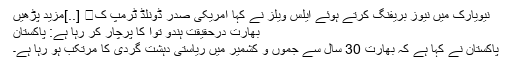
نیویارک میں نیوز بریفنگ کرتے ہوئے ایلس ویلز نے کہا امریکی صدر ڈونلڈ ٹرمپ ک� [..]مزید پڑھیں
بھارت درحقیقت ہندو توا کا پرچار کر رہا ہے: پاکستان
پاکستان نے کہا ہے کہ بھارت 30 سال سے جموں و کشمیر میں ریاستی دہشت گردی کا مرتکب ہو رہا ہے۔